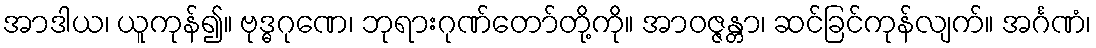
အာဒါယ၊ ယူကုန်၍။ ဗုဒ္ဓဂုဏေ၊ ဘုရားဂုဏ်တော်တို့ကို။ အာဝဇ္ဇန္တာ၊ ဆင်ခြင်ကုန်လျက်။ အင်္ဂဏံ၊